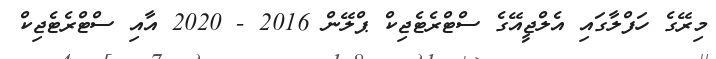
މިރޭގެ ހަފްލާގައި އެލްޖީއޭގެ ސްޓްރެޓެޖިކް ޕްލޭން 2016 - 2020 އާއި ސްޓްރެޓެޖިކް